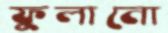
ফুলানো